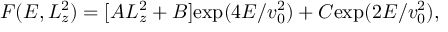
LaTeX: F ( E , L _ { z } ^ { 2 } ) = [ A L _ { z } ^ { 2 } + B ] \mathrm { e x p } ( 4 E / v _ { 0 } ^ { 2 } ) + C \mathrm { e x p } ( 2 E / v _ { 0 } ^ { 2 } ) ,